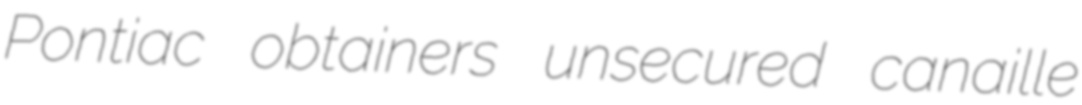
Pontiac obtainers unsecured canaille